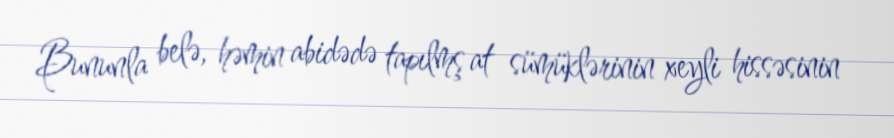
Bununla belə, həmin abidədə tapılmş at sümüklərinin xeyli hissəsinin